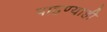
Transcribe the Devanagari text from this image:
पाहण्याही